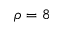
\rho = 8